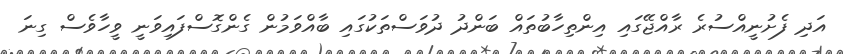
އަދި ފެށުނީއްސުރެ ރާއްޖޭގައި އިންތިހާބުތައް ބަންދު ދުވަސްތަކުގައި ބާއްވަމުން ގެންގޮސްފައިވަނީ ވީހާވެސް ގިނަ